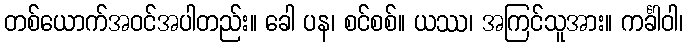
တစ်ယောက်အဝင်အပါတည်း။ ခေါ ပန၊ စင်စစ်။ ယဿ၊ အကြင်သူအား။ ကင်္ခါဝါ၊